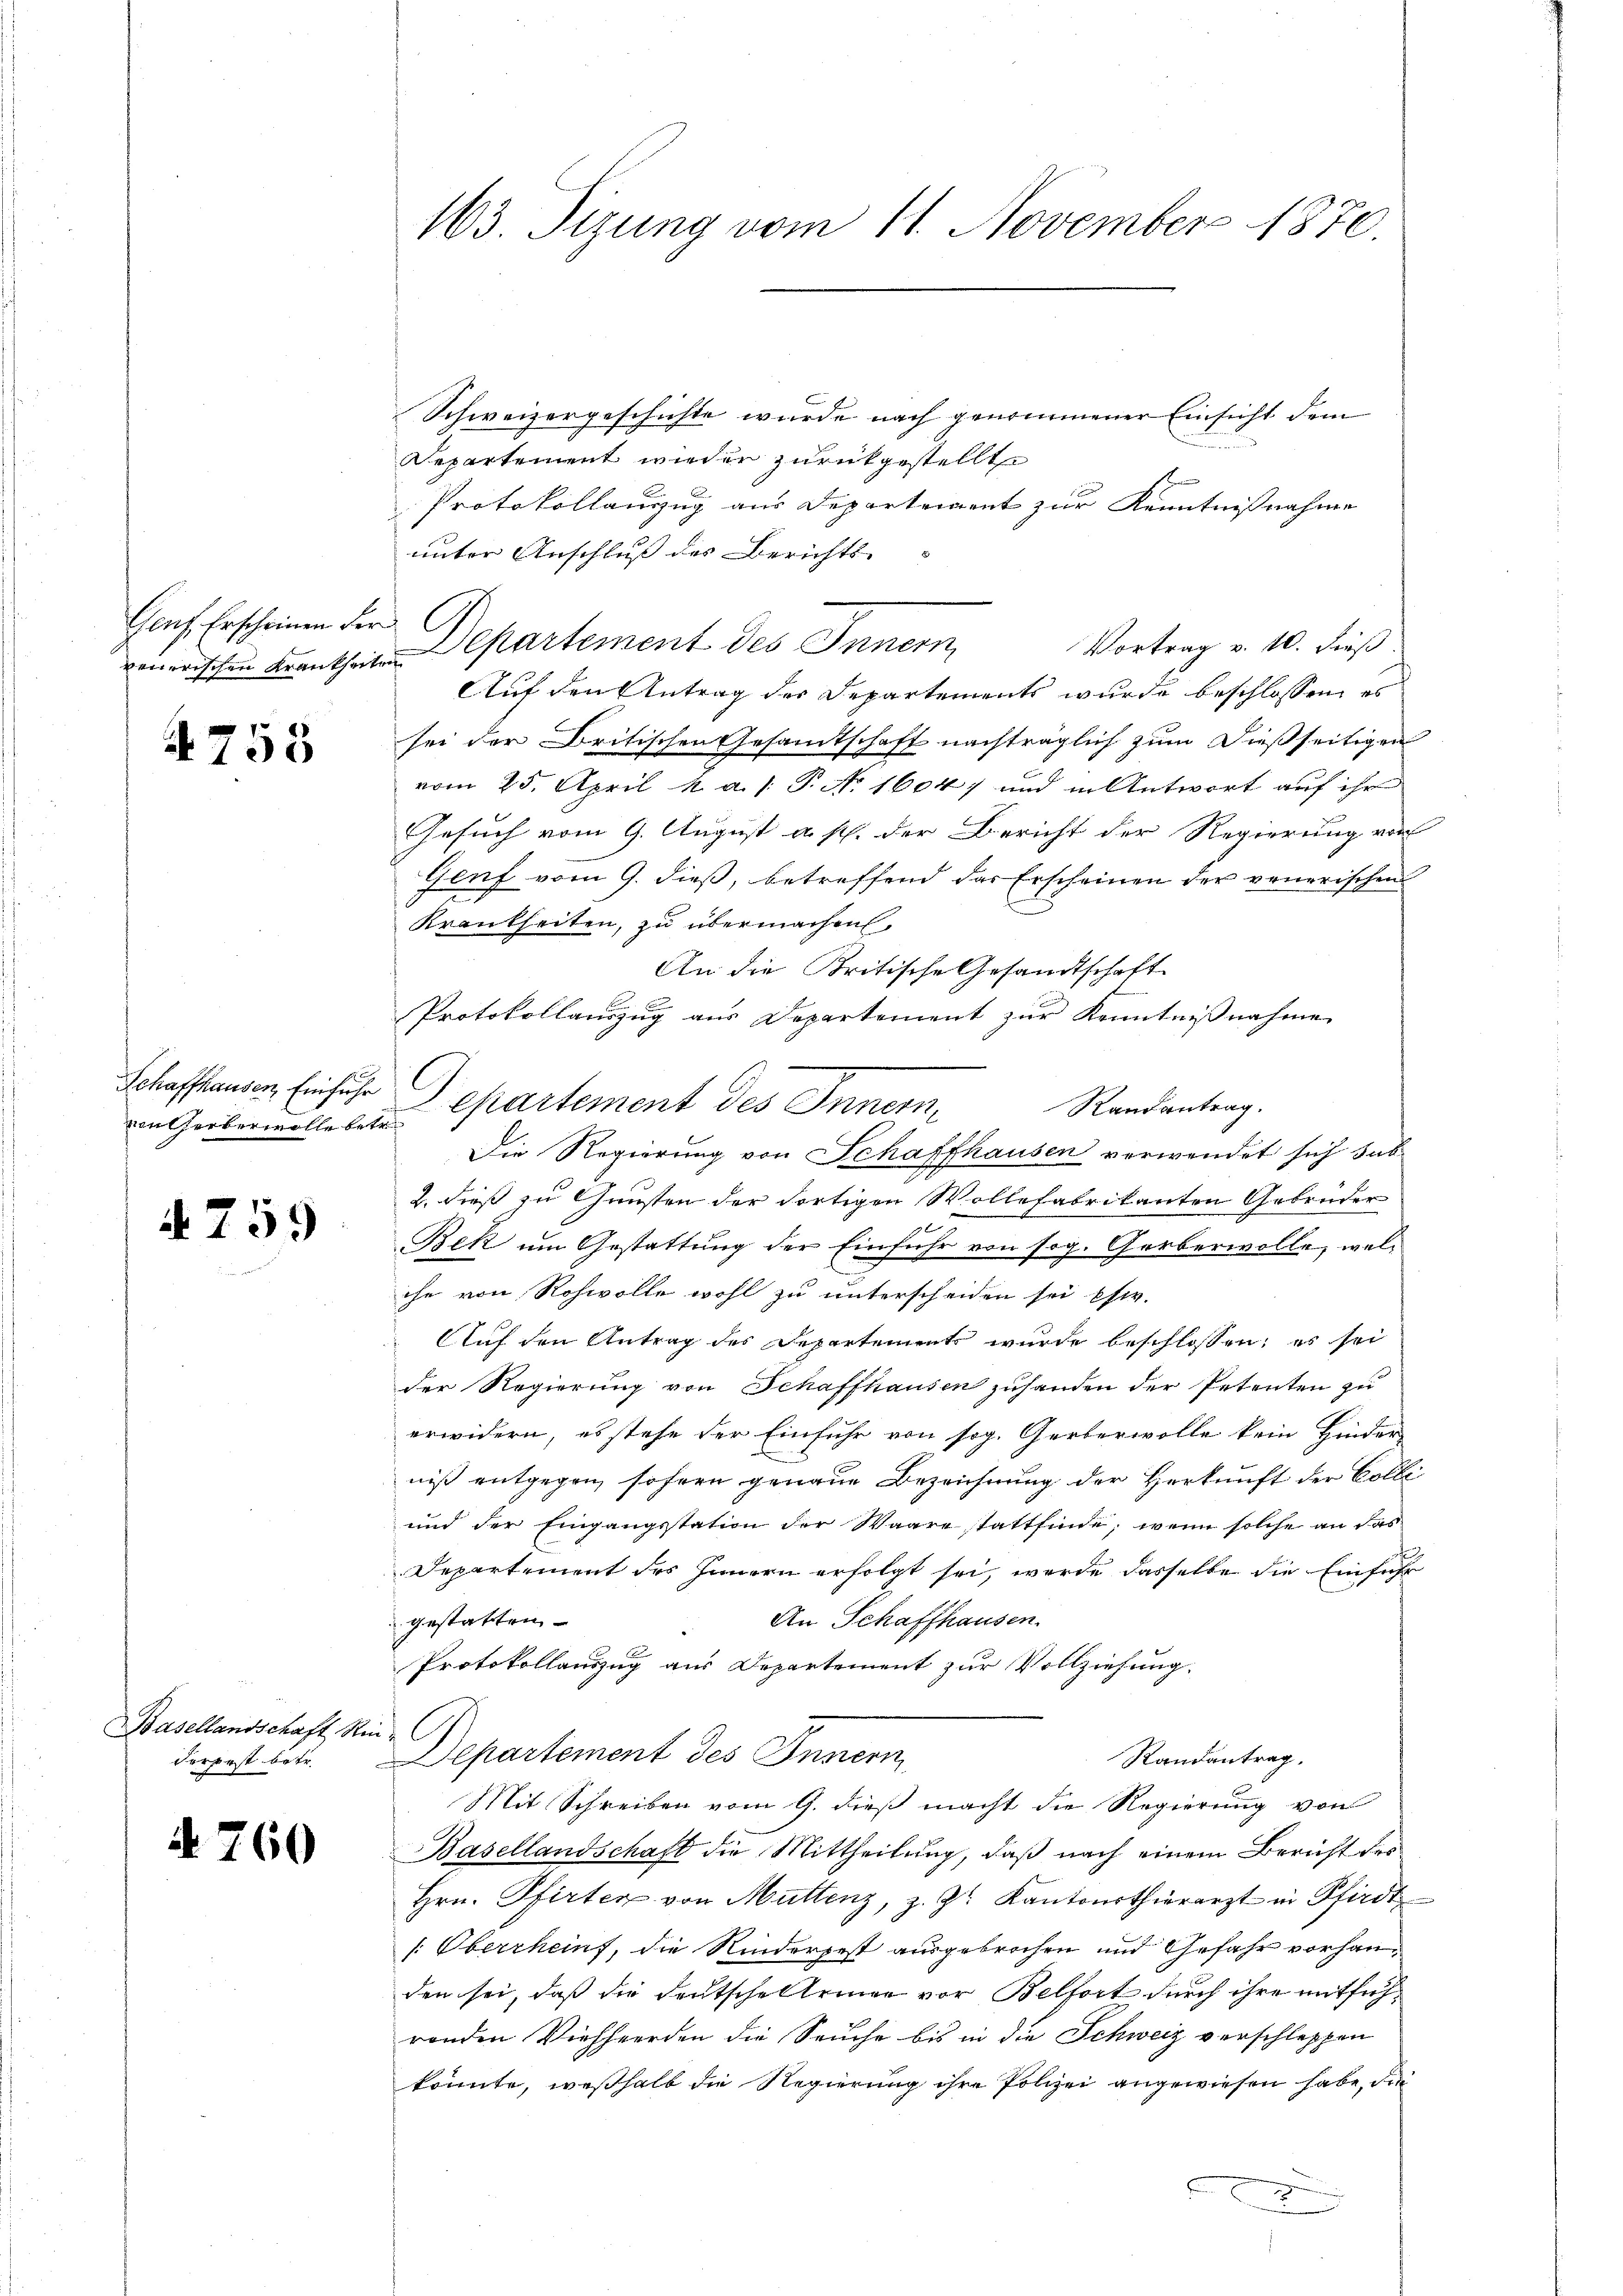
Genf Erscheinen der

4755

Schaffhausen, Einfuhr

759

Basellandschaft Rin
Serpest betr.

d 760

Schweizergeschichte wurde nach genommener Einsicht dem
Departement wieder zurückgestellt
Protokollanzug aus Departement zur Kenntnißnahme
unter Anschluss des Berichts- |
Vortrag v. 10. dieß.
vonerischen Krentheile partement des Innern
Auf den Antrag der Departements wurde beschlossen, es
sei der Britischen Gesamtschaft nachträglich zum Dießseitigen
vom 25. April a. a. /: P. No 1604; und in Antwort auf ihr
Gesuch vom 9. August a. p. der Bericht der Regierung von
Genf vom 9. dieß, betreffend das Erscheinen der venerischen
Krankheiten, zu übermachen.
An die Kritische Gesandtschaft
Protokollauszug aus Departement zur Kenntnißnahme
G
Randantrag.
an Gebindliker Cartement des Innern,
Die Regierung von Schaffhausen verwendet sich sub
2. dieß zu Gunsten der dortigen Wollefabrikanten Gebender
Ich lan
Bek am Gestattung der Einführ von sog. Gerberwolle, welihe von Rohwolle wohl zu unterscheiden sei ehw.
Auf den Antrag des Departements wurde beschlossen; es sei
der Regierung von Schaffhausen zuhanden der Petenten zu
erwidern, es stehe der Einfuhr von sog. Gerberwolle kein Hinder
niß entgegen sofern genaue Bezeichnung der Herkunft der Colli¬
und der Eingangsstation der Waare stattfinde; wenn solche an das
Departement des Innern erfolgt sei, werde dasselbe die Einführ
An Schaffhausen.
gestatten
Protokollauszug aus Departement zur Vollziehung.
Departement des Innern
Randantrag.
Mit Schreiben vom 9. dieß macht die Regierung von
Basellandschaft die Mittheilung, daß nach einem Bericht des
Hrn. Pfirten von Muttenz, z. Zt. Kantonsthierarzt in Pfirdt
[Oberrheint, die Rinderjest ausgebrochen und Gefahr vorhanden sei, daß die Deutschelleiner vor Belfort durch ihre mitführonden Viehherden die Seuche bis in die Schweiz verschleppen
könnte, weßhalb die Regierung ihre Polizei angewiesen habe, die
u
x

163. Sizung vom 11. November 1870

C